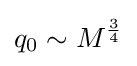
q_{0}\sim M^{\frac {3}{4}}